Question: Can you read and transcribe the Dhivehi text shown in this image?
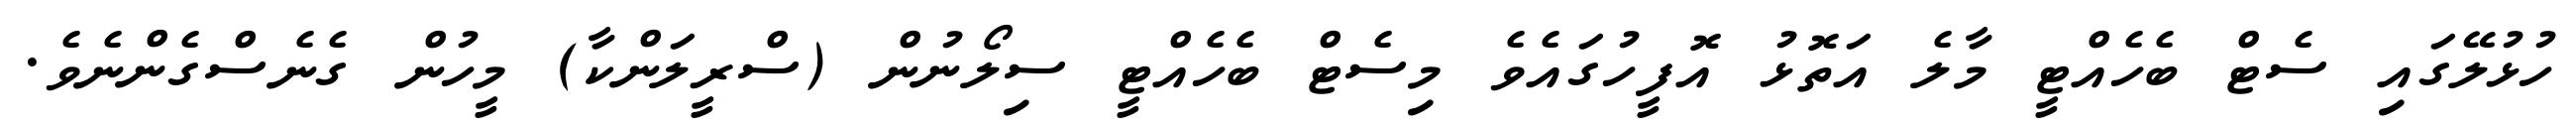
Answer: ހުޅުލޭގައި ސެޓް ބެހެއްޓީ މާލެ އަތޮޅު އޮފީހުގައެވެ މިސެޓް ބެހެއްޓީ ސިލޯނުން (ސްރީލަންކާ) މީހުން ގެނެސްގެންނެވެ.